Vital statistics of India. Vol. IV, Annual returns from 1871 to 1876. British Army of India, Native Army and jails of Bengal
Year: 1871
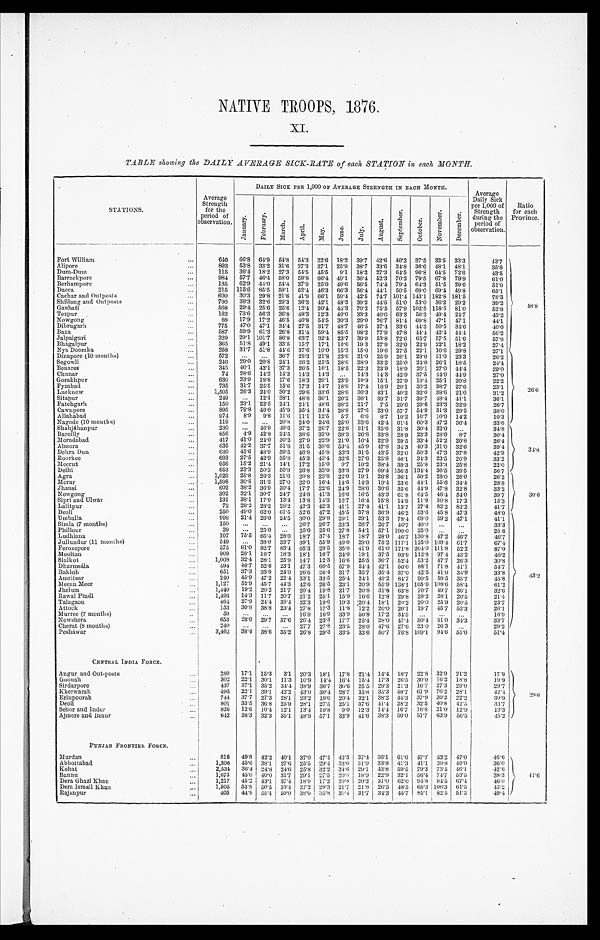
NATIVE TROOPS, 1876.
XI.
TABLE showing the DAILY AVERAGE SICK-RATE of each STATION in each MONTH.
S T A T I O N S .
Average
Strength
for the
period of
observation.
DAILY SICK PER 1,000 OF AVERAGE STRENGTH IN EACH MONTH.
Average
Daily Sick
per 1,000 of
Strength
during the
period of
observation.
Ratio
for each
Province.
J a n u a r y .
F e b r u a r y . Ma r c h . Apr i l . May. June.
July.
Au g u s t .
S e p t e m b e r .
O c t o b e r .
N o v e m b e r .
D e c e m b e r .
Fort William
640 66.8 64.9 54.8 54.3 22.6 18.2 39.7 42.6 46.2 37.5 33.5 33. 3
43.7
48.8
Alipore
893 53.8 33.2 31.6 27.3 27.1 25.9 38.7 33.6 34.8 36.6 48.1 48. 1
35.8
Dum-Dum
115 36.4 18.2 27.3 54.5 45.5 9.1 18.2 27.3 64.5 96.8 64.5 72. 6
43.5
Barrackpore
984 57.7 46.4 58.0 59.8 66.4 49.1 36.4 52.3 70.2 79.5 67.8 79. 9
61.0
Berhampore
135 62.9 44.0 54.4 37.9 25.0 49.6 56.5 74.4 79.4 64.3 51.5 29. 6
51. 9
Dacca
215 115.6 85.5 59.1 52.4 46.3 66.3 56.4 44.1 50.5 69.0 69.4 49.8
65.1
Cachar and Outposts
600 30.3 29.8 21.6 41.9 66.1 59.4 42.5 74.7 101.4 143.1 182.8 181. 5
78.3
Shillong and Outposts
790 39.3 32.6 29.3 36.3 42.1 48.3 39.2 44.5 51.0 53.0 36.2 29. 2
39.2
Gauhati
568 29.4 25.6 25.6 12.4 20.4 44.3 70.2 75.5 57.9 102.5 118.5 81.0
52.8
Tezpur
162 73.6 56.3 36.8 48.3 12.3 40.0 33.3 40.0 63.3 56.3 49.4 24.7
43.2
Nowgong
68 17.9 17.2 46.5 40.8 54.5 30.3 29.0 26.7 81.4 69.8 47.1 47.1
44.1
Dibrugarh
775 47.0 47.1 34.4 27.5 31.7 48.7 46.5 37.4 33.6 44.3 50.5 34.6
40.0
Baxa
587 59.9 61.3 26.8 31.4 59.4 85.5 98.2 77.9 47.8 44.4 42.4 44.4
56.2
Jalpaiguri
329 29.1 101.7 86.8 63.7 32.4 23.7 39.9 53.8 72.6 65.7 57.5 51.6
57.8
Bhagalpur
365 51.8 49.1 33.5 15.7 17.1 10.6 19.3 27.9 32.0 22.9 22.1 18.2
27.4
Nye Doomka
258 31.7 51.8 44.6 37.6 19.0 15.3 15.0 19.6 27.5 22.1 10.6 29.8
27. 1
Dinapore (10 months)
572
36.7 28.3 21.8 23.6 21.0 25.9 26.1 29.0 31.0 23.3
26.2
26. 6
Segowli
246 29.0 20.8 24.1 26.2 25.5 28.6 28.9 33.2 25.0 24.0 26.1 18.5
24.4
Benares
345 46.1 42.1 37.3 26.5 16.1 18.5 22.3 23.9 18.9 20.1 27.0 44.4
29.0
Chunar
74 28.6 14.3 14.3 14.3 14.3
14.3 14.3 42.9 37.5 44.9 44.9
27.0
Gorakhpur
630 23.9 19.8 17.6 18.3 29.1 23.9 19.9 15.1 27.9 19.4 25.1 20.8
22.2
Fyzabad
735 31.7 25.5 15.6 17.3 14.7 18.9 17.4 18.9 20.1 30.2 38.7 27.6
23.1
Lucknow
1,505 26.3 24.0 30.2 29.6 33.6 28.6 30.3 43.1 40.2 32.0 38.6 21.0
31.2
Sitapur
249
12.1 38.1 48.8 36.1 20.2 36.1 39.7 31.7 39.7 48.4 41.1
36.1
Fatehgarh
150 23.1 23.5 24.1 24.1 48.6 38.2 21.7 7.5 29.6 29.6 33.3 32.9
26.7
Cawnpore
895 79.8 46.0 45.9 35.4 34.4 28.8 27.6 23.0 57.7 54.9 31.3 29.5
38.0
Allahabad
974 8.9 9 . 8 11.6 11.1 12.5 5.7 6.6
8 . 7 10.2 16.7 10.9 14.2
10.3
Nagode (10 months)
119
20.8 24.0 24.6 25.0 33.6 42.4 61.4 60.3 47.2 36.4
33.6
Shahjáhanpur
230
46.9 49.6 37.2 26.7 22.6 31.1 35.6 31.8 30.4 32.0
34.8
34.8
Bareilly
856 4.9 42.8 34.5 38.6 33.0 39.3 26.8 33.8 28.9 23.3 28.9 8.7
30.4
Moradabad
417 41.0 24.0 30.2 27.9 22.9 21.0 10.4 22.9 29.5 33.4 52.2 20.8
26.4
Almora
635 42.2 37.7 31.8 31.5 38.6 53.4 45.9 47.8 34.3 40.3 31.0 32.6
39.4
Dehra Dun
630 45.6 48.9 39.5 46.8 45.8 33.3 31.5
4 3 . 5 32.0 50.3 47.3 37.8
42.9
Roorkee
693 27.5 42.9 35.8 45.3 43.4 32.6 27.6 25.8 46.1 34.3 23.5 20.9
33.2
Meerut
956 15.2 21.4 14.1 17.2 15.0 9.7 10.2 38.4 39.3 25.8 23.3 25.8
22.0
Delhi
653 23.3 50.3 50.9 26.8 33.0 33.8 27.9 69.4 156.5 134.4 36.5 39.5
56.7
Agra
1,029 25.8 26.3 21.6 20.8 23.8 22.0 19.1 26.8 36.1 50.2 28.0 26.0
26.2
30.6
Morar
1,598 30.8 31.3 27.0 22.0 16.4 14.6 14.3 19.4 23.6 44.1 55.6 34.4
28. 8
Jhansi
602 38.2 36.9 30.4 17.7 22.6 24.9 28.6 30.6 35.6 44.9 47.8 32.8
33.2
Nowgong
302 32.1 30.7 24.7 24.8 41.3 16.6 16.5 43.3 61.8 64.5 46.4 54.0
39.7
Sipri and Ulwar
131 38.1 17.0 13.4 13.8 14.3 16.7 16.4 15.8 14.9 11.9 30.8 17.2
15.3
Lalitpur
72 28.2 28.2 28.2 42.3 42.3 41.1 27.4 41.1 13.7 27.4 82.2 82.2
41.7
Deoli
250 49.0 62.0 61.5 52.6 47.2 45.5 37.8 36.9 46.2 53.6 45.8 47.3
48.0
43.2
Umballa
998 21.4 26.0 24.5 30.0 29.8 29.1 29.1 53.3 78.4 69.0 59.2 47.1
41.1
Simla (7 months)
150
26.7 26.7 33.3 26.7 26.7 46.7 40.0
33.3
Phillour
39
25.0
25.0 25.6 27.8 54.1 57.1 100.0 25.0
25.6
Ludhiana
107 75.5 65.4 28.0 18.7 37.4 18.7 18.7 28.0 46.7 130.8 47.2 46.7
46.7
Jullundur (11 months)
549
38.0 33.7 39.1 55.9 49.0 29.0 75.2 117.1 125.0 109.4 61.7
67.4
Ferozepore
575 81.0 82.7 83.4 65.3 29.5 35.0 41.9 61.0 171.8 204.0 111.8 52.2
87.0
Mooltan
909 28.1 16.7 18.3 18.1 16.7 24.0 19.1 37.5 93.9 112.8 97.4 43.2
46.2
Sialkot
1,008 32.4 28.1 25.9 14.7 12.3 16.6 25.5 36.7 52.4 53.2 47.7 26.3
30.8
Dharmsála
494 46. 7 52.6 23.1 47.3 60.5 57.9 54.4 42.1 50.0 88.1 71.8 41.1
54.7
Bakloh
651 37.3 33.0 24.0 26.6 26.4 31.7 35.7 35.4 37.0 42.5 41.0 35.9
33.8
Amritsar
240 45.9 47.2 22.4 33.1 33.5 25.4 24.1 49.2 84.7 90.5 59.5 35.7
45.8
Meean Meer
1,127 52.9 45.7 44.3 42.6 26.5 23.1 20.9 55.9 138.1 105.6 108.6 58.4
61.2
Jhelum
1,440 19.2 20.2 21.7 20.4 19.8 21.7 20.8 31.8 63.8 70.7 49.7 36.1
32.6
Rawal Pindi
1,493 14.3 11.7 20.7 21.2 25.1 15.9 16.6 12.8 29.8 29.2 28.1 20.5
21.4
Talagaon
464 27.9 24.4 39.4 32.3 19.6 19.3 20.4 18.1 20.2 20.0 25.9 20.5
23.7
Attock
153 30.8 38.8 23.4 27.8 17.3 11.8 12.2 20.0 20.1 19.7 45.7 53.3
26.1
Murree (7 months)
59
16.9 16.9 33.9 50.8 17.2 34.5
16.9
Nowshera
653
28. 0 29.7 37.6 26.4 23.3 17.7 25.4 28.0 47.4 50.4 51.0 34.3
33.7
Cherat (8 months)
240
27.7 27.8 23.5 28.0 47.6 27.6 23.0 26.3
29.2
Pesháwar
3,462 38.4 38.6 35.2 26.8 29.3 33.5 33.6 50.7 76.8 109.1 94.6 55.0
51.4
CENTRAL INDIA FORCE.
Augur and Out-posts
280 17.1 15.3 3.1 20.3 18.1 17.8 21.4 14.4 18.7 22.8 32.9 21.2
17.9
2 9 . 6
Goonah
302 22.1 30.1 11.3 10.9 14.4 16.4 15.4 17.3 26.5 30.0 16.2 18.8
19.9
Sirdarpore
437 37.1 35.2 34.4 38.9 36.7 30.6 25.5 29.3 21.3 16.7 27.3 29.0
29.7
Kherwarah
495 22.1 39.1 42.2 43.0 30.4 28.7 35.8 35.3 59.7 61.9 76.2 28.1
42.4
Erinpoorah
744 37.7 27.3 28.1
2 3 . 2 19.0 20.4 32.1 38.2 45.3 37.9 30.2 22.2
30.9
Deoli
801 33.5 36.8 25.9 28.1
2 7 . 5 25.1 37.6 41.4 28.2 32.5 40.8 42.5
33.7
Sehor and Indor
826 12.6 10.4 12.1 13.4 10.8 9.0 12.3 14.4 16.7 18.8 21.0 12.9
13.3
Ajmere and Beaur
642 38.3 32.3 35.1 48.9 57.1 33.9 41.6 38.3 50.0 51.7 63.9 56.5
45.2
PUNJAB FRONTIER FORCE.
Murdan
816 49.8 42.2 40.1 37.0 47.4 43.3 37.4 56.1 61.6 47.7 53.2 47.0
46.6
41.6
Abbottabad
1,306 45. 6 38.1 27.6 25.5 29.4 33.0 31.9 33.8 41.3 41.1 39.8 49.0
36.0
Kohat
2,534 36.4 24.8 24.6
2 5 . 8 32.2 34.6 29.1 43.8 59.5 79.3 73.5 46.1
42.6
Bannu
1,673
45. 0 40.0 31.7 29.1 27.5 20.8 18.9 22.9 32.1 56.4 74.7 53.5
38.3
Dera Ghazi Khan
1,217 45.2 43. 1 37.4 18.9 17.2
2 0 . 8 20.2
31.0
62.0 94.8 94.5 67.4
46.0
Dera Ismail Khan
1,505 53.8 50.5 33.4 27.2 29.3 21.7 21.8 26.3 48.5 65.3 106.3 61.5
43.2
Rajanpur
405 44.8 55.4 50.0 38.0 35.8 30.4 31 . 7 34.3 45.7 85.1 82.5 51.3
4 9 . 4